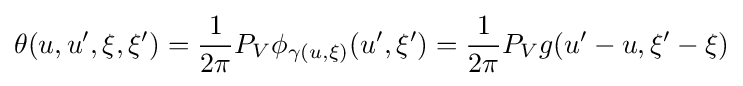
\theta (u,u',\xi ,\xi ')={\frac {1}{2\pi }}P_{V}\phi _{\gamma (u,\xi )}(u',\xi ')={\frac {1}{2\pi }}P_{V}g(u'-u,\xi '-\xi )